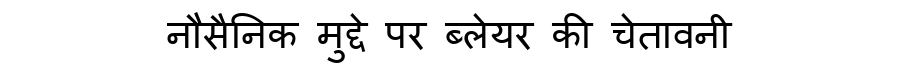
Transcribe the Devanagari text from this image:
नौसैनिक मुद्दे पर ब्लेयर की चेतावनी